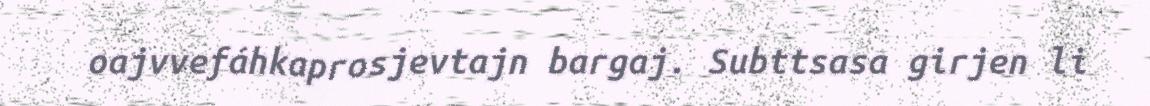
oajvvefáhkaprosjevtajn bargaj. Subttsasa girjen li